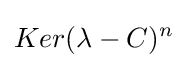
Ker(\lambda -C)^{n}